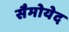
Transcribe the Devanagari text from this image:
सैमोयेद